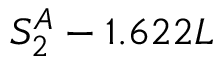
S _ { 2 } ^ { A } - 1 . 6 2 2 L